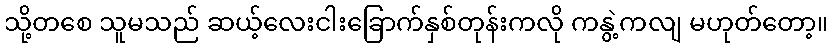
သို့တစေ သူမသည် ဆယ့်လေးငါးခြောက်နှစ်တုန်းကလို ကနွဲ့ကလျ မဟုတ်တော့။